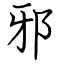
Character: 邪